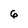
Character: 6